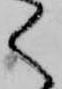
く